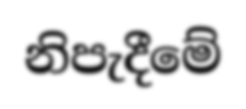
නිපැදීමේ